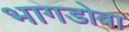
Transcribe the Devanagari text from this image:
भागडोबा